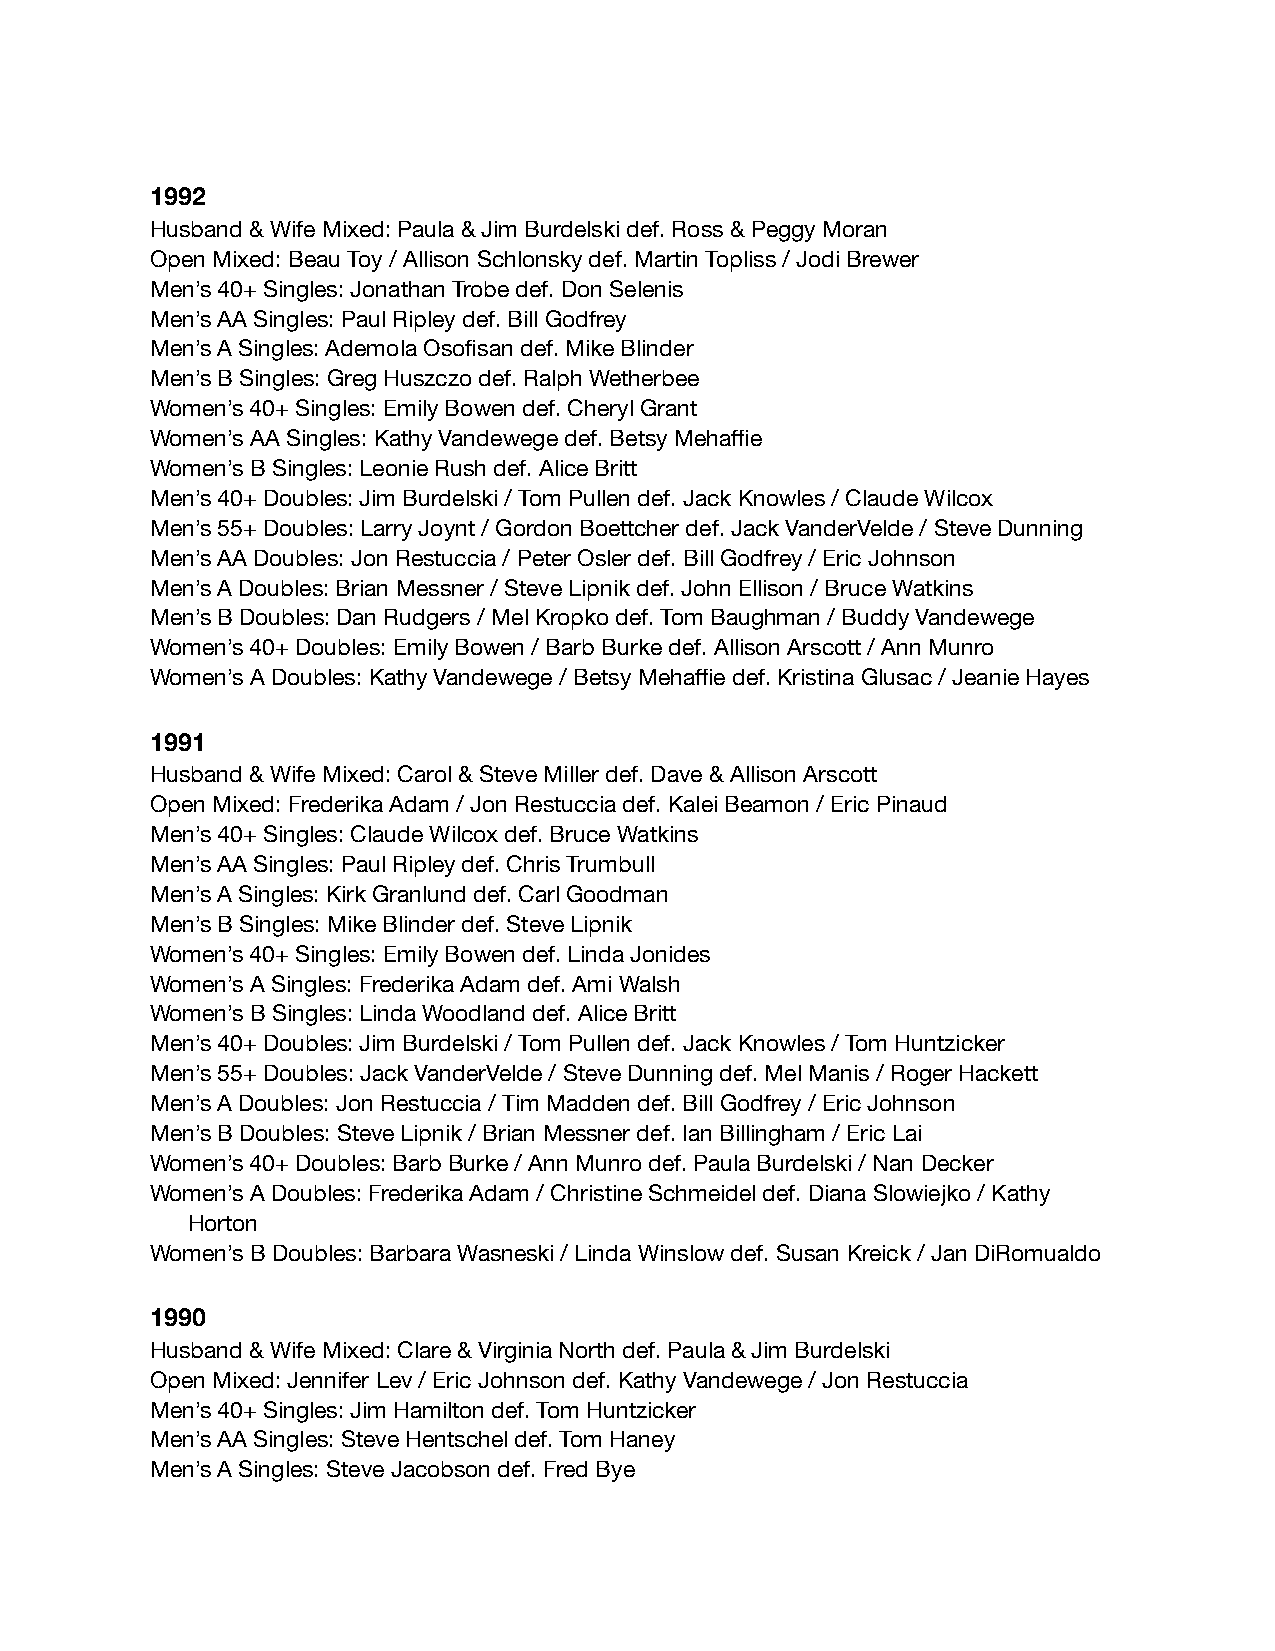
1992
 Husband & Wife Mixed: Paula & Jim Burdelski def. Ross & Peggy Moran
 Open Mixed: Beau Toy / Allison Schlonsky def. Martin Topliss / Jodi Brewer
 Men’s 40+ Singles: Jonathan Trobe def. Don Selenis
 Men’s AA Singles: Paul Ripley def. Bill Godfrey
 Men’s A Singles: Ademola Osofisan def. Mike Blinder
 Men’s B Singles: Greg Huszczo def. Ralph Wetherbee
 Women’s 40+ Singles: Emily Bowen def. Cheryl Grant
 Women’s AA Singles: Kathy Vandewege def. Betsy Mehaffie
 Women’s B Singles: Leonie Rush def. Alice Britt
 Men’s 40+ Doubles: Jim Burdelski / Tom Pullen def. Jack Knowles / Claude Wilcox
 Men’s 55+ Doubles: Larry Joynt / Gordon Boettcher def. Jack VanderVelde / Steve Dunning
 Men’s AA Doubles: Jon Restuccia / Peter Osler def. Bill Godfrey / Eric Johnson
 Men’s A Doubles: Brian Messner / Steve Lipnik def. John Ellison / Bruce Watkins
 Men’s B Doubles: Dan Rudgers / Mel Kropko def. Tom Baughman / Buddy Vandewege
 Women’s 40+ Doubles: Emily Bowen / Barb Burke def. Allison Arscott / Ann Munro
 Women’s A Doubles: Kathy Vandewege / Betsy Mehaffie def. Kristina Glusac / Jeanie Hayes
 1991
 Husband & Wife Mixed: Carol & Steve Miller def. Dave & Allison Arscott
 Open Mixed: Frederika Adam / Jon Restuccia def. Kalei Beamon / Eric Pinaud
 Men’s 40+ Singles: Claude Wilcox def. Bruce Watkins
 Men’s AA Singles: Paul Ripley def. Chris Trumbull
 Men’s A Singles: Kirk Granlund def. Carl Goodman
 Men’s B Singles: Mike Blinder def. Steve Lipnik
 Women’s 40+ Singles: Emily Bowen def. Linda Jonides
 Women’s A Singles: Frederika Adam def. Ami Walsh
 Women’s B Singles: Linda Woodland def. Alice Britt
 Men’s 40+ Doubles: Jim Burdelski / Tom Pullen def. Jack Knowles / Tom Huntzicker
 Men’s 55+ Doubles: Jack VanderVelde / Steve Dunning def. Mel Manis / Roger Hackett
 Men’s A Doubles: Jon Restuccia / Tim Madden def. Bill Godfrey / Eric Johnson
 Men’s B Doubles: Steve Lipnik / Brian Messner def. Ian Billingham / Eric Lai
 Women’s 40+ Doubles: Barb Burke / Ann Munro def. Paula Burdelski / Nan Decker
 Women’s A Doubles: Frederika Adam / Christine Schmeidel def. Diana Slowiejko / Kathy
 Horton
 Women’s B Doubles: Barbara Wasneski / Linda Winslow def. Susan Kreick / Jan DiRomualdo
 1990
 Husband & Wife Mixed: Clare & Virginia North def. Paula & Jim Burdelski
 Open Mixed: Jennifer Lev / Eric Johnson def. Kathy Vandewege / Jon Restuccia
 Men’s 40+ Singles: Jim Hamilton def. Tom Huntzicker
 Men’s AA Singles: Steve Hentschel def. Tom Haney
 Men’s A Singles: Steve Jacobson def. Fred Bye